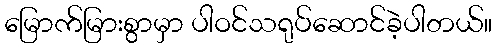
မြောက်မြားစွာမှာ ပါဝင်သရုပ်ဆောင်ခဲ့ပါတယ်။